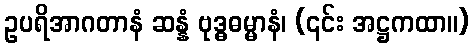
ဥပရိအာဂတာနံ ဆန္နံ ဗုဒ္ဓဓမ္မာနံ၊ (၎င်း အဋ္ဌကထာ။)